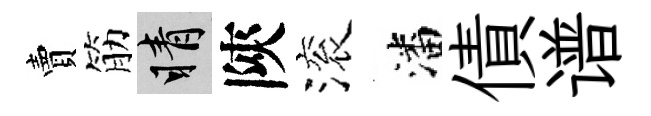
賣筋睛陝滚潘債谱